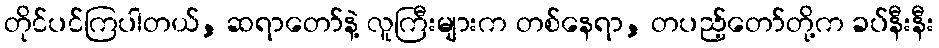
တိုင်ပင်ကြပါတယ်, ဆရာတော်နဲ့ လူကြီးများက တစ်နေရာ, တပည့်တော်တို့က ခပ်နီးနီး